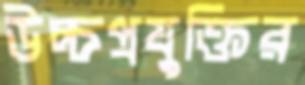
উচ্চপ্রযুক্তির